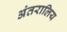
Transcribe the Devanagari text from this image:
अंतरालिय